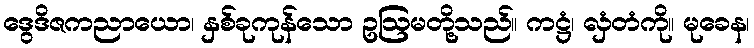
ဒွေဒိဇကညာယော၊ နှစ်ခုကုန်သော ဥဩမတို့သည်။ ကဋ္ဌံ၊ လှံတံကို။ မုခေန၊